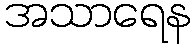
အသာရေန